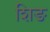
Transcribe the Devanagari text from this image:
शिङ